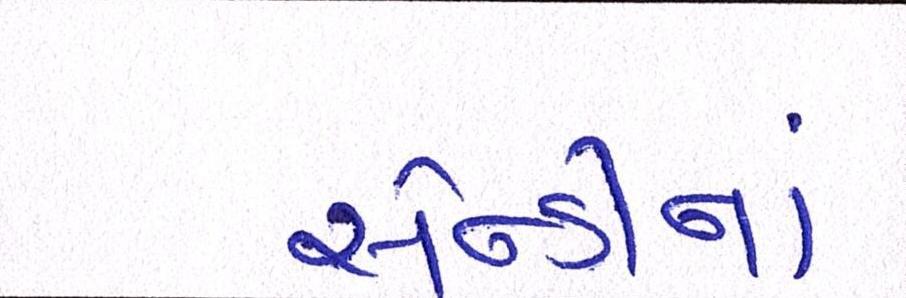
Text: સેન્ડીનાં